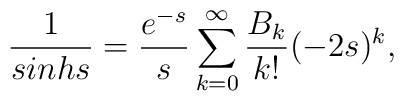
\frac{1}{sinh s} = \frac{e^{-s}}{s} \sum\limits_{k=0}^{\infty}\frac{B_k}{k!}(-2s)^k,